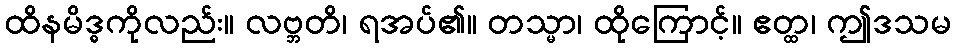
ထိနမိဒ္ဓကိုလည်း။ လဗ္ဘတိ၊ ရအပ်၏။ တသ္မာ၊ ထိုကြောင့်။ ဧတ္ထ၊ ဤဒသမ